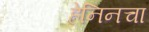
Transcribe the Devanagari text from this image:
हेनिनचा